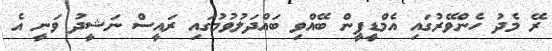
ރޭ މެދު ހެންވޭރުގައި އެމްޑީޕީން ބޭއްވި ބައްދަލުވުމުގައި ރައީސް ނަޝީދު ވަނީ އެ